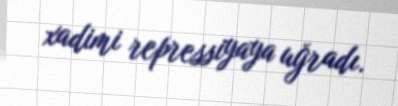
xadimi repressiyaya uğradı.